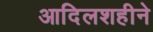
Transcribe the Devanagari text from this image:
आदिलशहीने